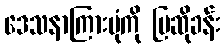
ဒေသနာကြားပုံကို ပြဆိုခန်း